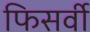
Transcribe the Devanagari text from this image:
फिसर्वी